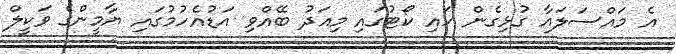
އެ މައްސަލައާ ގުޅިގެން ހައި ކޯޓުގައި މިއަދު ބޭއްވި އަޑުއެހުމުގައި ޔާމީންގެ ވަކީލް